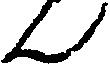
ん